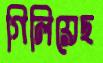
গিলিয়েছ